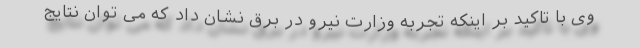
وی با تاکید بر اینکه تجربه وزارت نیرو در برق نشان داد که می توان نتایج